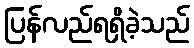
ပြန်လည်ရရှိခဲ့သည်